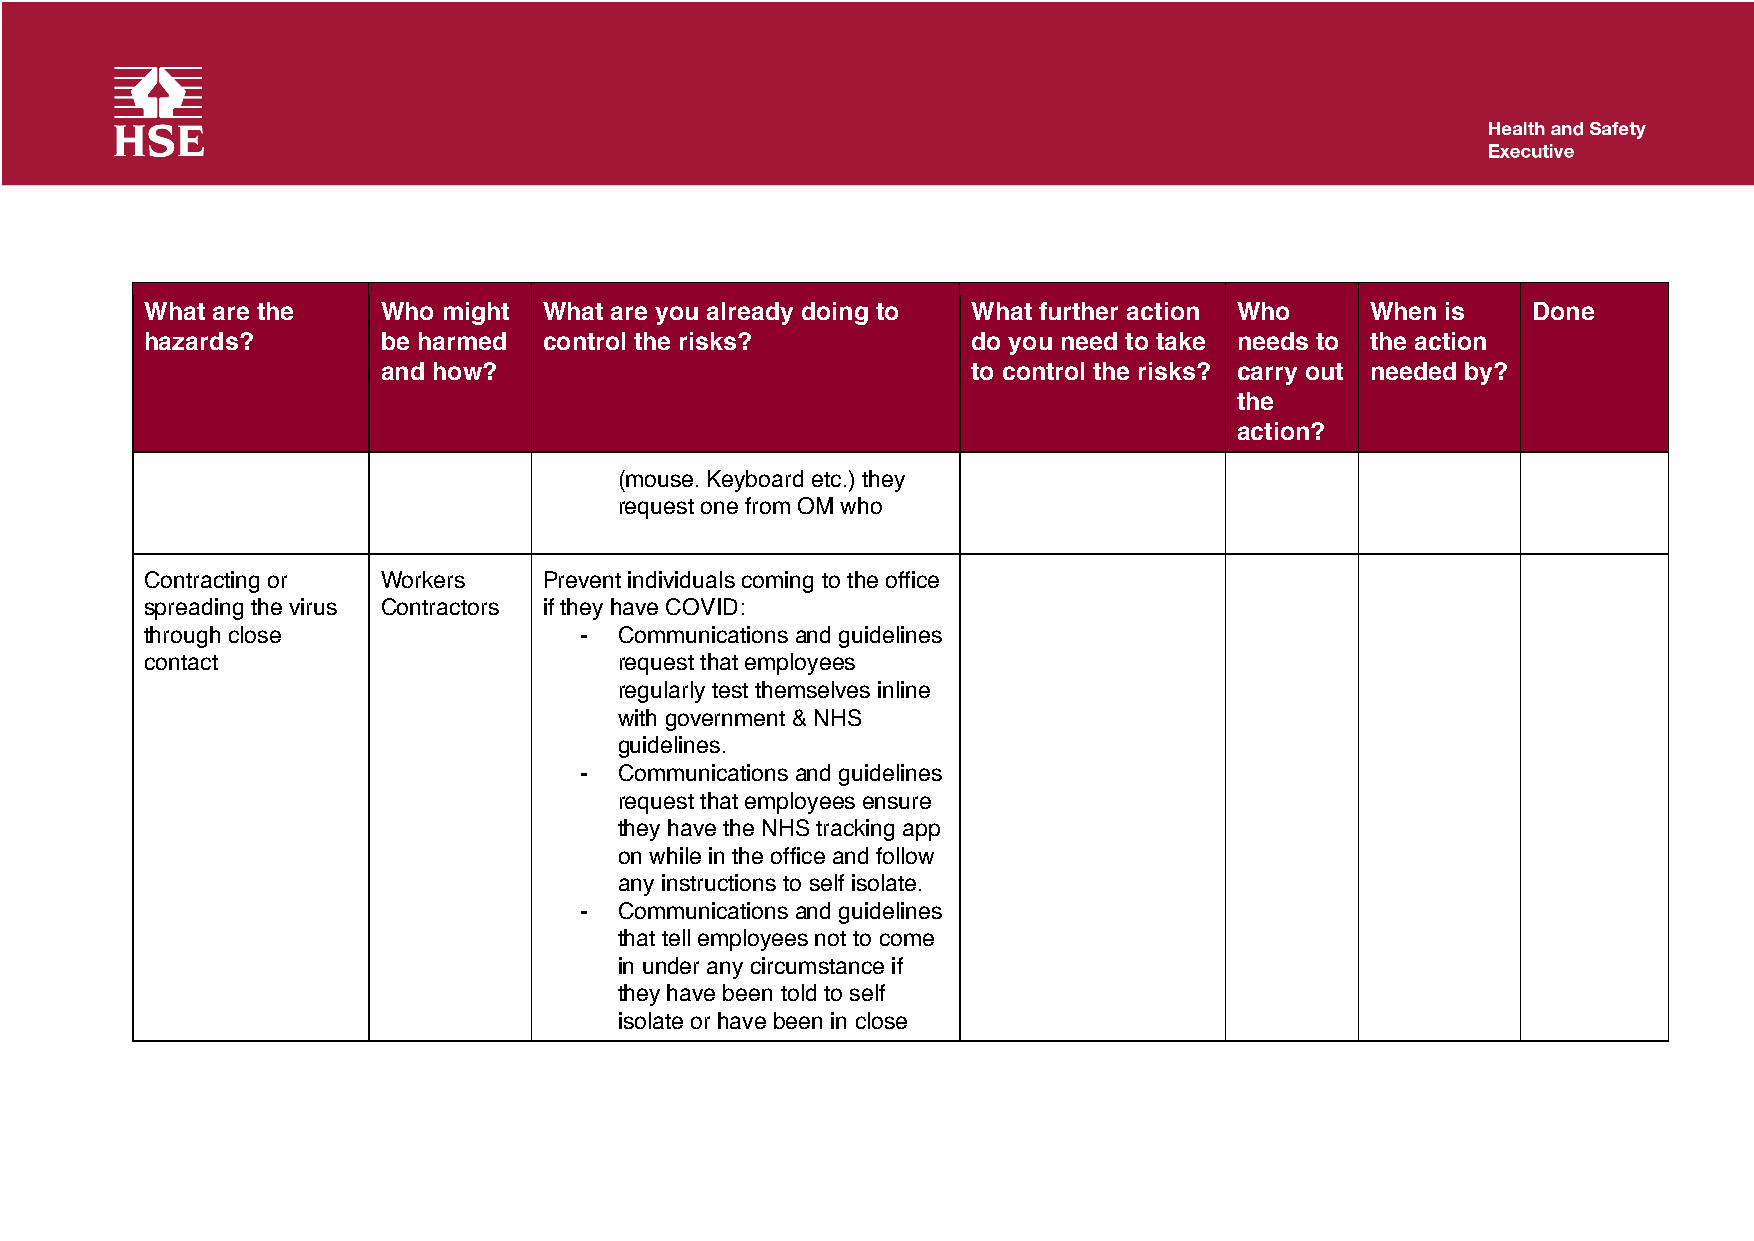
What are the   Who might  What are you already doing to What further action Who  When is   Done
 hazards?       be harmed  control the risks?          do you need to take needs to the action
 and how?                               to control the risks? carry out needed by?
 the
 action?
 (mouse. Keyboard etc.) they
 request one from OM who
 Contracting or Workers    Prevent individuals coming to the office
 spreading the virus Contractors if they have COVID:
 through close               -  Communications and guidelines
 contact                        request that employees
 regularly test themselves inline
 with government & NHS
 guidelines.
 -  Communications and guidelines
 request that employees ensure
 they have the NHS tracking app
 on while in the office and follow
 any instructions to self isolate.
 -  Communications and guidelines
 that tell employees not to come
 in under any circumstance if
 they have been told to self
 isolate or have been in close